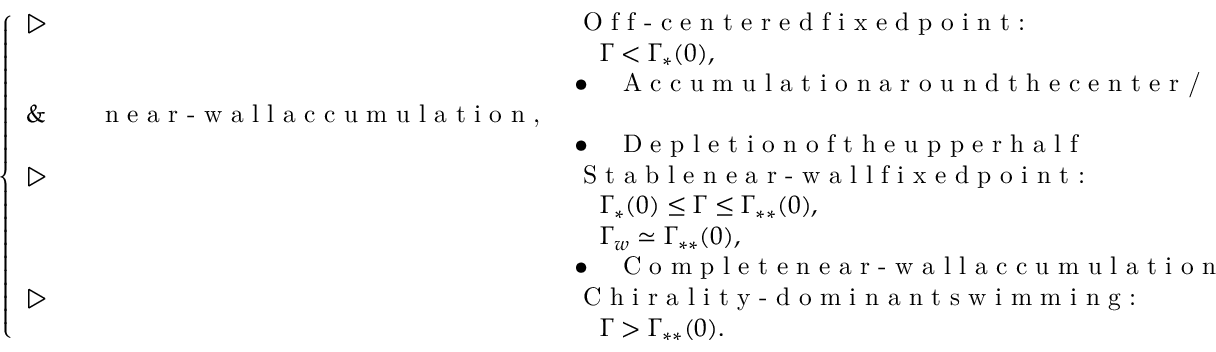
\begin{array} { r } { \left\{ \begin{array} { l l } { \triangleright \, \, } & { \textrm { O f f - c e n t e r e d f i x e d p o i n t : } } \\ & { \quad \Gamma < \Gamma _ { \ast } ( 0 ) , } \\ & { \bullet \quad \textrm { A c c u m u l a t i o n a r o u n d t h e c e n t e r / } } \\ { \& \quad \quad \textrm { n e a r - w a l l a c c u m u l a t i o n , } } \\ & { \bullet \quad \textrm { D e p l e t i o n o f t h e u p p e r h a l f } } \\ { \triangleright \, \, } & { \textrm { S t a b l e n e a r - w a l l f i x e d p o i n t : } } \\ & { \quad \Gamma _ { \ast } ( 0 ) \leq \Gamma \leq \Gamma _ { \ast \ast } ( 0 ) , } \\ & { \quad \Gamma _ { w } \simeq \Gamma _ { \ast \ast } ( 0 ) , } \\ & { \bullet \quad \textrm { C o m p l e t e n e a r - w a l l a c c u m u l a t i o n } } \\ { \triangleright \, \, } & { \textrm { C h i r a l i t y - d o m i n a n t s w i m m i n g : } } \\ & { \quad \Gamma > \Gamma _ { \ast \ast } ( 0 ) . } \end{array} \right. } \end{array}